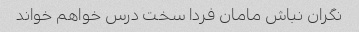
نگران نباش مامان فردا سخت درس خواهم خواند